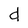
Character: d